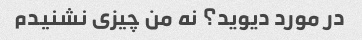
در مورد دیوید؟ نه من چیزی نشنیدم